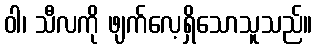
ဝါ၊ သီလကို ဖျက်လေ့ရှိသောသူသည်။